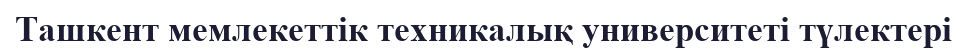
Ташкент мемлекеттік техникалық университеті түлектері